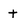
Character: t